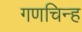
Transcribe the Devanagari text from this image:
गणचिन्ह